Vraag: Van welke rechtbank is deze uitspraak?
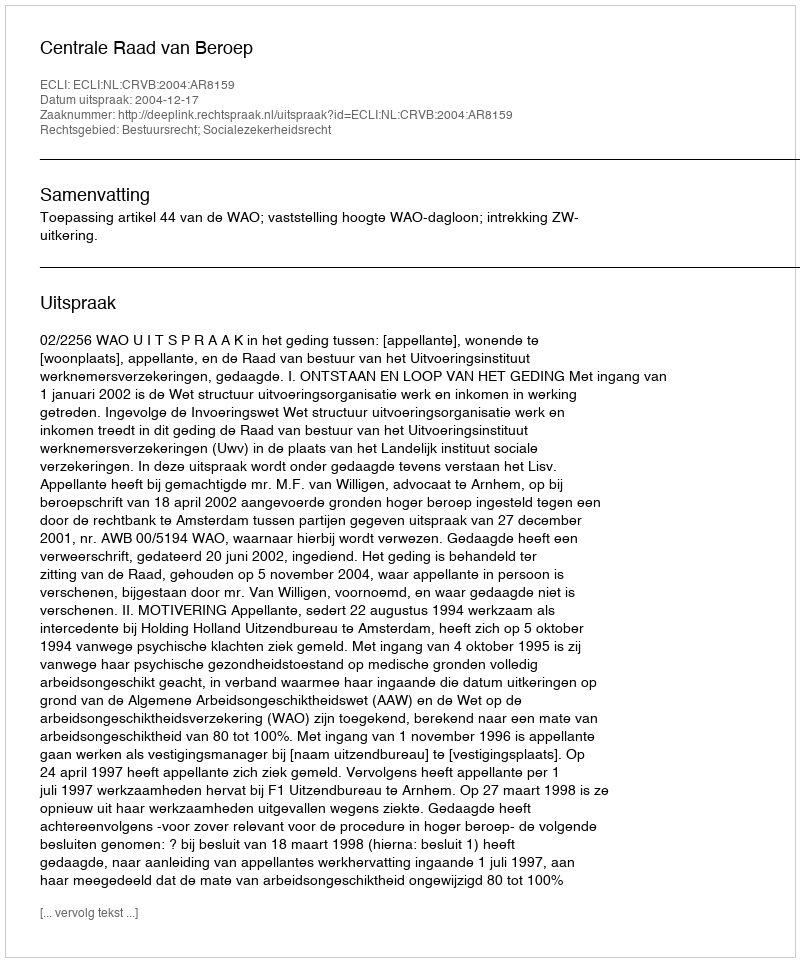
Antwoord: Centrale Raad van Beroep